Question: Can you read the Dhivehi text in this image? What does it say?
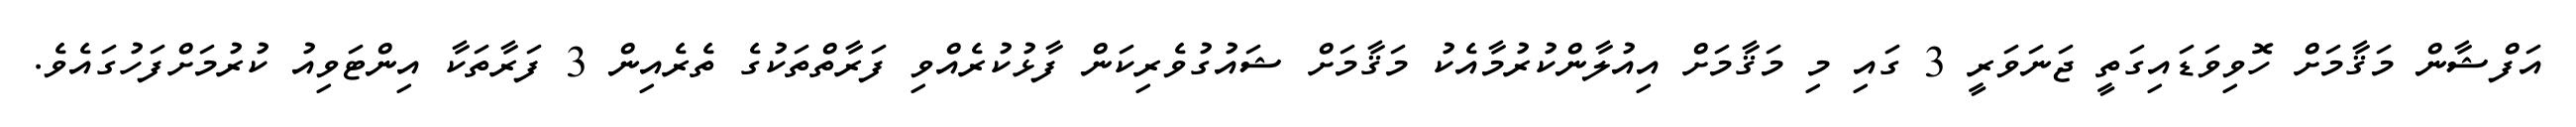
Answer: އަފްޝާން މަޤާމަށް ހޮވިވަޑައިގަތީ ޖަނަވަރީ 3 ގައި މި މަޤާމަށް އިއުލާންކުރުމާއެކު މަޤާމަށް ޝައުގުވެރިކަން ފާޅުކުރެއްވި ފަރާތްތަކުގެ ތެރެއިން 3 ފަރާތަކާ އިންޓަވިއު ކުރުމަށްފަހުގައެވެ.